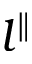
l ^ { \parallel }